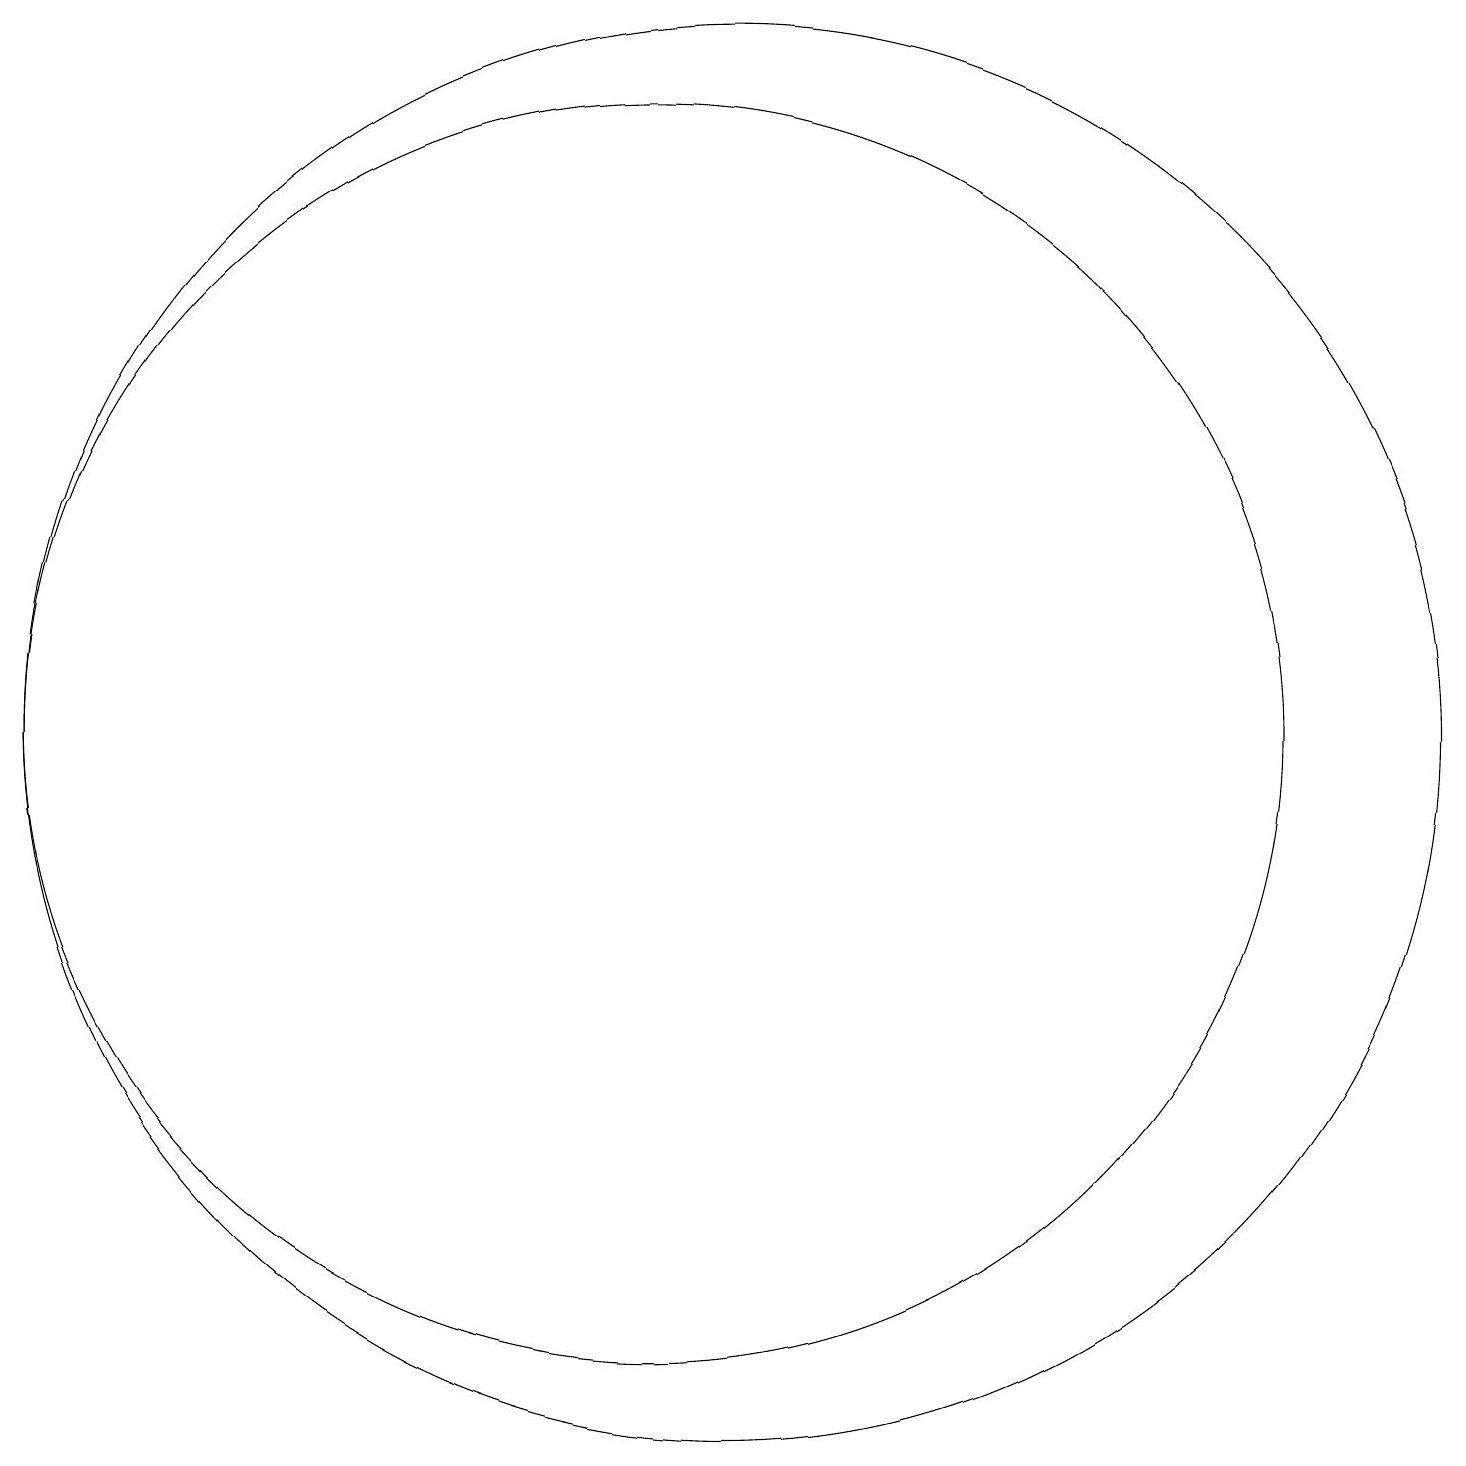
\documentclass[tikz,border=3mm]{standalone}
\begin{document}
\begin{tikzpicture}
\draw (11,10) circle (0);
\draw (10,10) circle (8);
\draw (11,10) circle (9);
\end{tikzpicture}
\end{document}